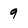
Character: 9